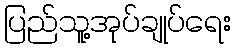
ပြည်သူ့အုပ်ချုပ်ရေး